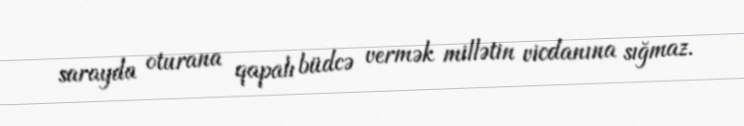
sarayda oturana qapalı büdcə vermək millətin vicdanına sığmaz.